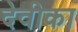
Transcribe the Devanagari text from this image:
देवीका